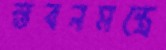
স্তবনমন্ত্রে